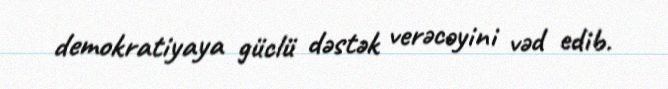
demokratiyaya güclü dəstək verəcəyini vəd edib.